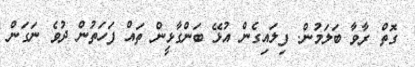
ގޮތް ރާވާ ބަލަމުން. ފިލައިގެން އުޅޭ ބަންގާޅީން ތައް ފަހަތުން ދުވެ ނަގަން